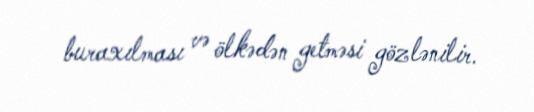
buraxılması və ölkədən getməsi gözlənilir.